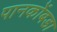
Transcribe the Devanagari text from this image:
पानकोंबडा